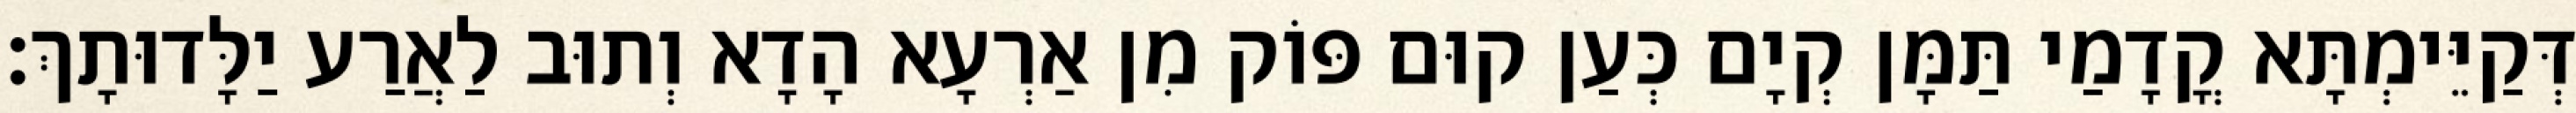
דְּקַיֵּימְתָּא קֳדָמַי תַּמָּן קְיָם כְּעַן קוּם פּוֹק מִן אַרְעָא הָדָא וְתוּב לַאֲרַע יַלָּדוּתָךְ׃